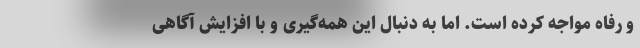
و رفاه مواجه کرده است. اما به دنبال این همه‌گیری و با افزایش آگاهی